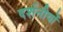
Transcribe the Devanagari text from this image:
दर्शनीयों